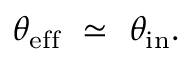
\theta _ { \mathrm { e f f } } \ \simeq \ \theta _ { \mathrm { i n } } .